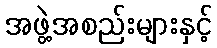
အဖွဲ့အစည်းများနှင့်